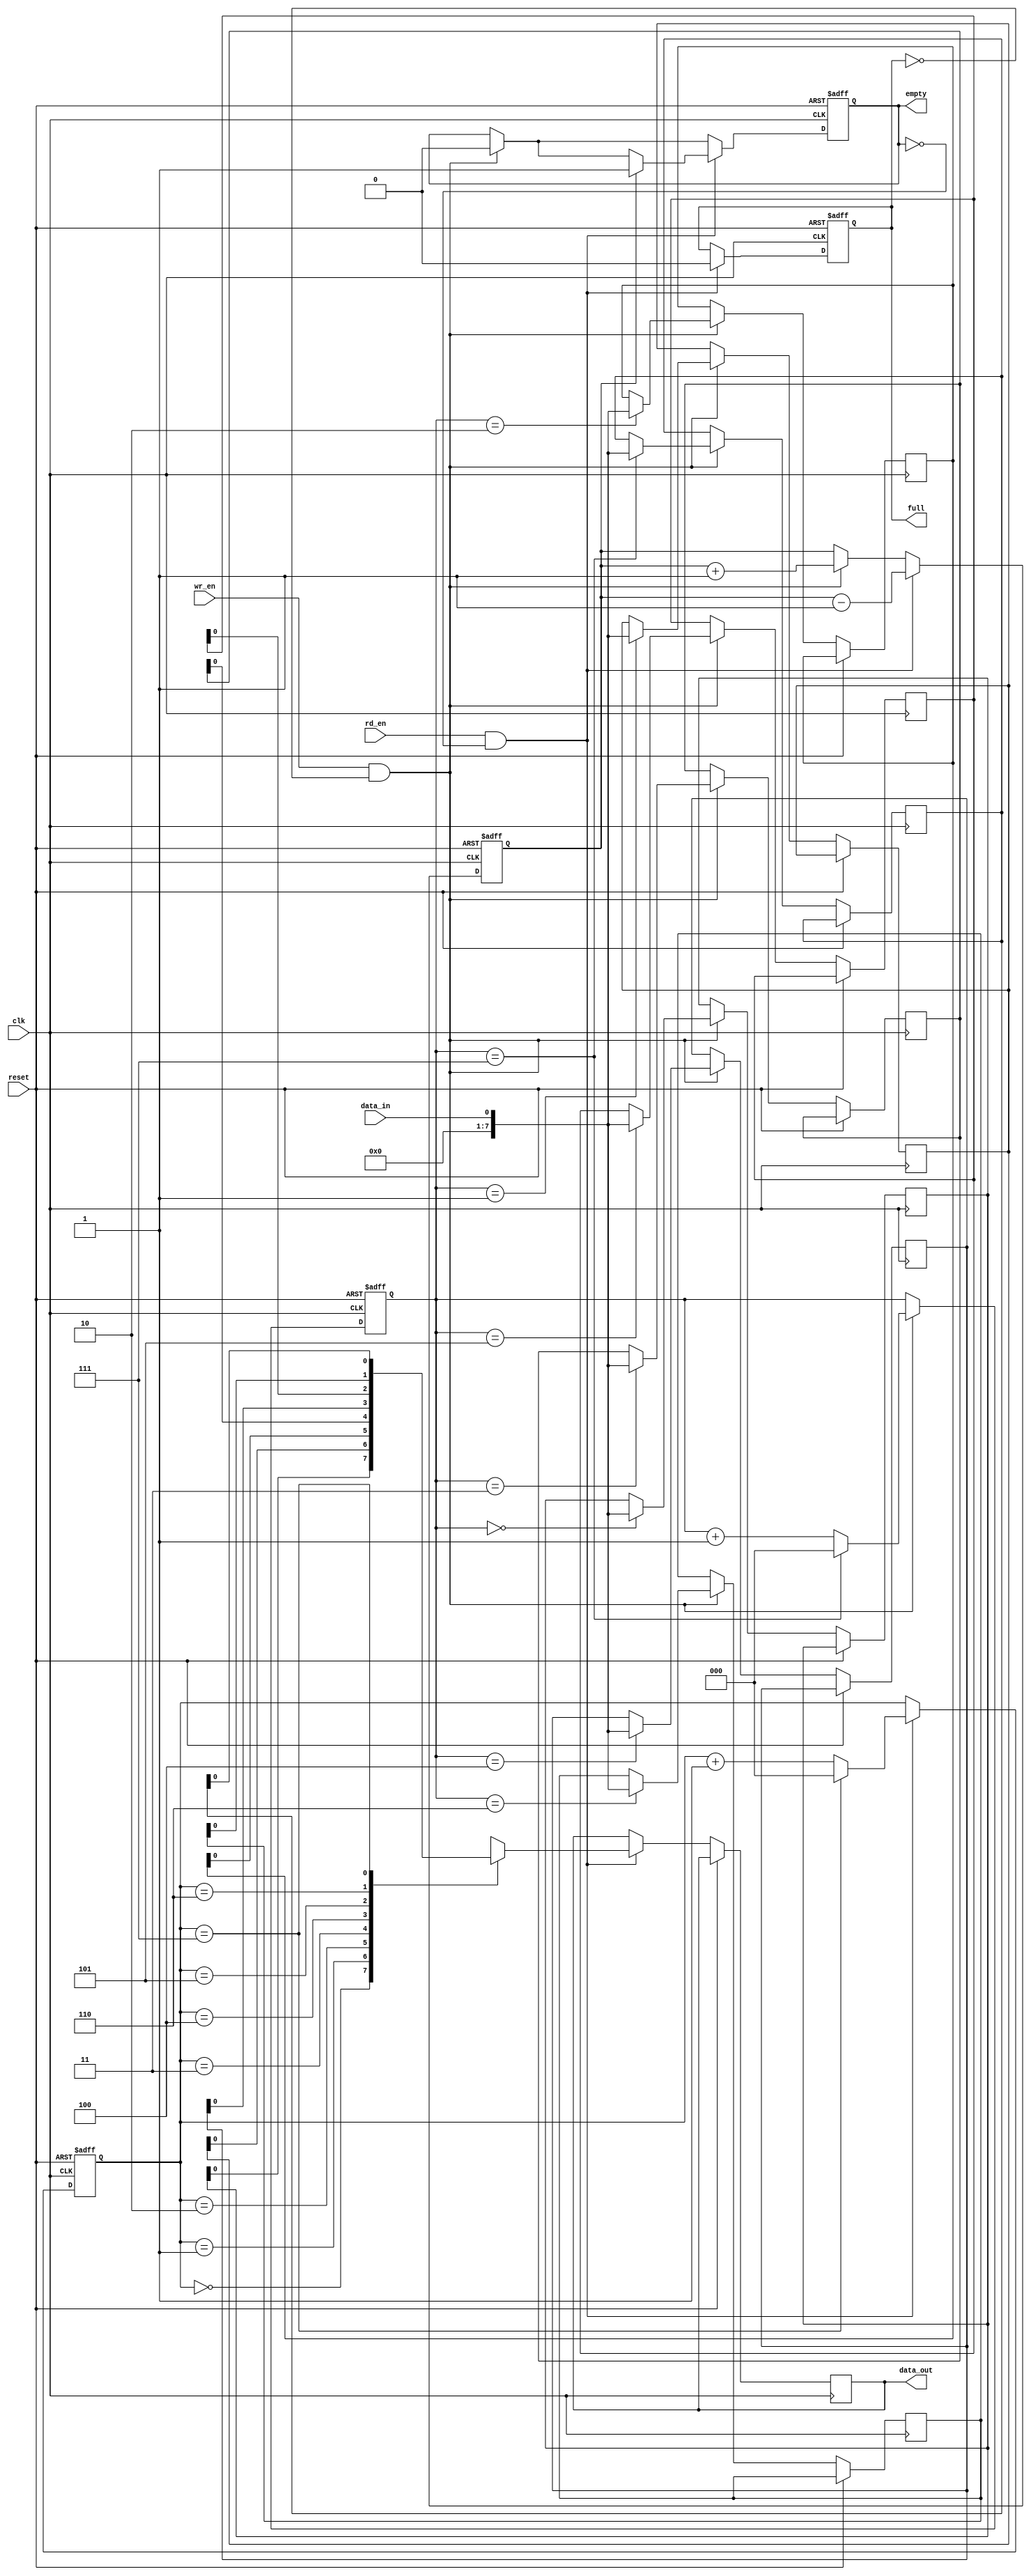
module fifo (
  input wire clk,         // Clock input
  input wire reset,       // Reset input
  input wire wr_en,       // Write enable input
  input wire rd_en,       // Read enable input
  input wire data_in,     // Data input
  output reg data_out,    // Data output
  output reg full,        // Full flag output
  output reg empty        // Empty flag output
);

// Parameters
parameter DEPTH = 8;     // Depth of the FIFO

// Internal registers
reg [7:0] memory [0:DEPTH-1];  // Memory array for storing data
reg [2:0] wr_ptr, rd_ptr;      // Write and read pointers
reg cnt;               // Count of elements in FIFO

always @(posedge clk or posedge reset) begin
  if (reset) begin
    wr_ptr <= 0;
    rd_ptr <= 0;
    cnt <= 0;
    full <= 0;
    empty <= 1;
  end else begin
    if (wr_en && ~full) begin
      memory[wr_ptr] <= data_in;
      wr_ptr <= (wr_ptr == DEPTH-1) ? 0 : wr_ptr + 1;
      cnt <= cnt + 1;
      empty <= 0;
      if (cnt == DEPTH) full <= 1;
    end
    if (rd_en && ~empty) begin
      data_out <= memory[rd_ptr];
      rd_ptr <= (rd_ptr == DEPTH-1) ? 0 : rd_ptr + 1;
      cnt <= cnt - 1;
      full <= 0;
      if (cnt == 1) empty <= 1;
    end
  end
end

endmodule